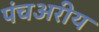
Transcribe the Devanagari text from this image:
पंचअरीय